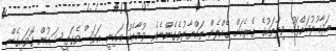
އަދާކުރުމަށްފަހު ވިލާތަކުގެ ތެރެއަށް ގެއްލެން ތައްޔާރުވެގެންނެވެ. ވުމާއެކު އައިނީ އަވަސްވެގަތީ ޝައުން ގޮވައިގެން